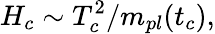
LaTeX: H_{c}\sim T_{c}^{2}/m_{pl}(t_{c}),